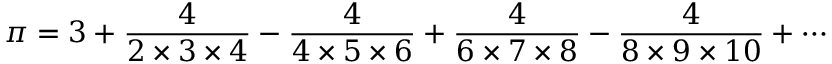
\pi = 3 + { \frac { 4 } { 2 \times 3 \times 4 } } - { \frac { 4 } { 4 \times 5 \times 6 } } + { \frac { 4 } { 6 \times 7 \times 8 } } - { \frac { 4 } { 8 \times 9 \times 1 0 } } + \cdots